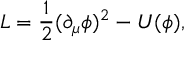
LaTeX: { \cal { L } } = \frac { 1 } { 2 } ( \partial _ { \mu } \phi ) ^ { 2 } - U ( \phi ) ,